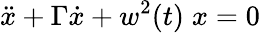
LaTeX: \ddot{x}+\Gamma\dot{x}+w^{2}(t)\; x=0